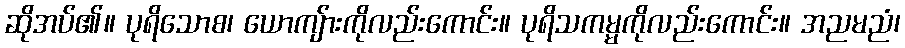
ဆိုအပ်၏။ ပုရိသောစ၊ ယောကျ်ားကိုလည်းကောင်း။ ပုရိသကမ္မကိုလည်းကောင်း။ အညမညံ၊